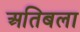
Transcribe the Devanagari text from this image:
अतिबला